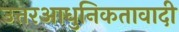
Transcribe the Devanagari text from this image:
उत्तरआधुनिकतावादी